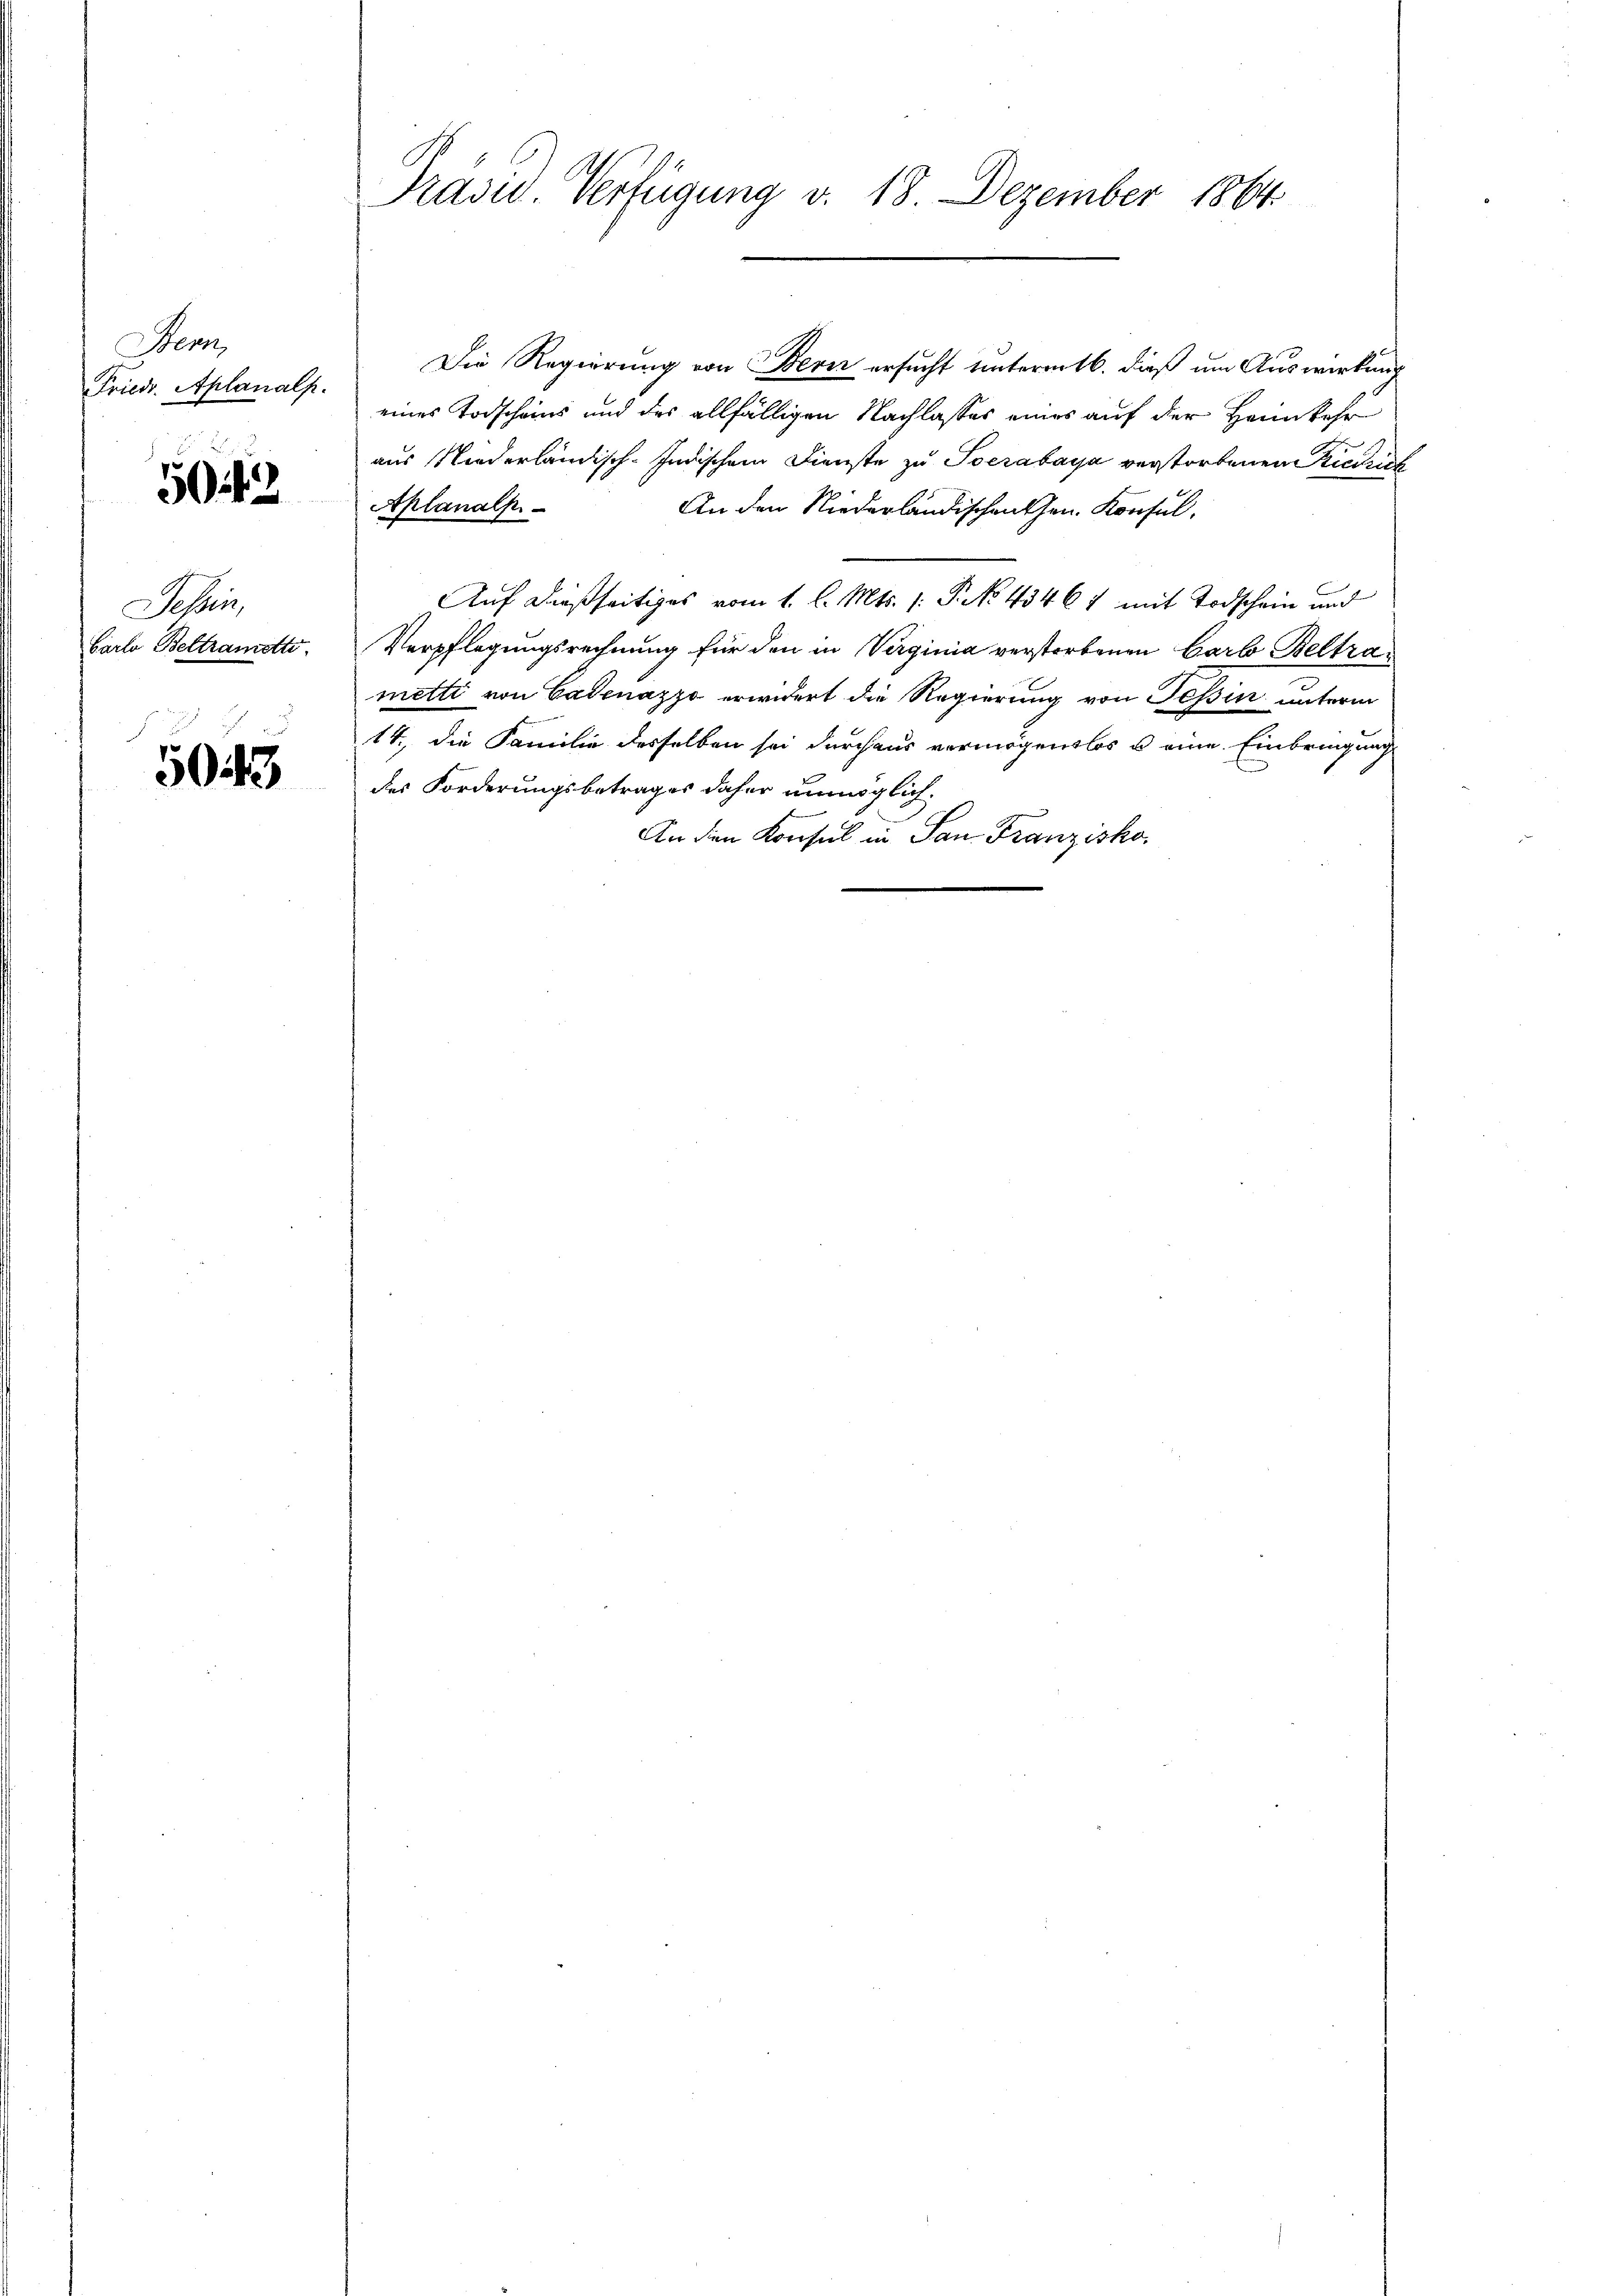
Stenz
Friedr. Aplanalp.
Tessin,
Carlo Beltramotts.

50442

5043

Präsid. Verfügung v. 18 Dezember 1864.

Die Regierung von Bern ersucht untermetb. dieß um Auswirkung
eines Todscheins und des allfälligen Nachlasses eines auf der Heimkehr
aus Niederländisch-Indischem Dienste zu Toerabaya verstorbenen Riedrich
Aplanalp.
An den Niederländischen Hrn. Konsul,
Auf dießseitiges vom 1. l. Mts. s. S. 43467 mit Todschein und
Verpflegungsrechnung für den in Verginia verstorbenen Carl Beltrametti von Cadenazzo erwidert die Regierung von Tessin unterm
14., die Familie desselben sei durchaus vermögenslos u eine Einbringung
des Forderungsbetrages daher unmöglich.
An den Konsul in San Franzisko¬